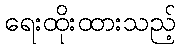
ရေးထိုးထားသည့်